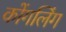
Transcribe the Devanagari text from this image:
कोंगलिंग